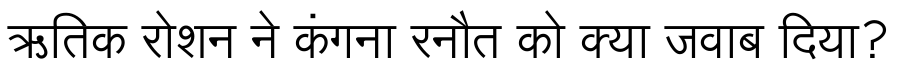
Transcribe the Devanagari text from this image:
ऋतिक रोशन ने कंगना रनौत को क्या जवाब दिया?